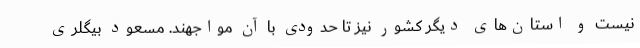
نیست و استان‌های دیگر کشور نیز تا حدودی با آن مواجهند. مسعود بیگلری